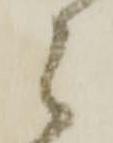
候